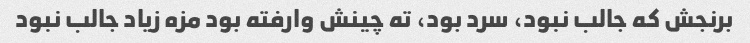
برنجش که جالب نبود، سرد بود، ته چینش وارفته بود مزه زیاد جالب نبود